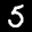
Label: 5